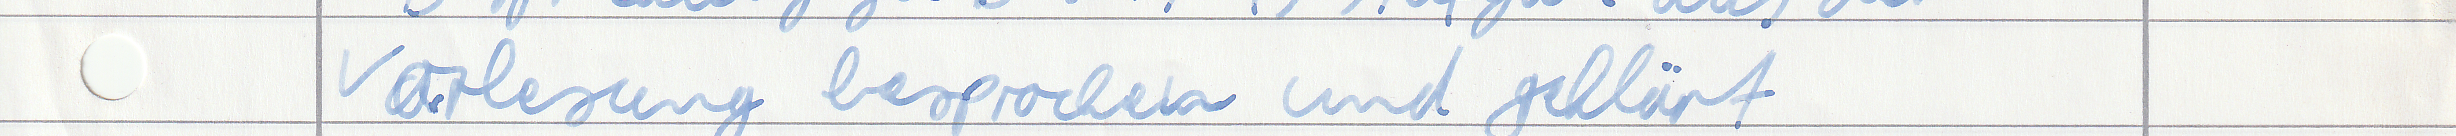
Vorlesung besprochen und geklärt